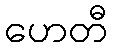
ဟေတီ